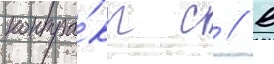
контра́кт с // В